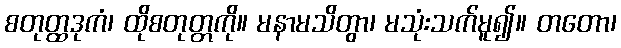
စတုတ္ထဒုကံ၊ ထိုစတုတ္တကို။ မနာမသိတွာ၊ မသုံးသက်မူ၍။ တတော၊